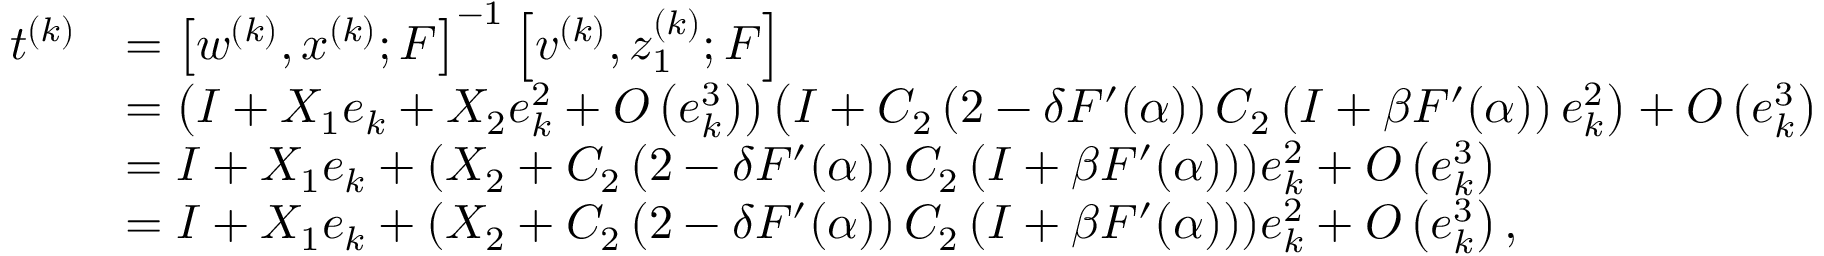
\begin{array} { r l } { t ^ { ( k ) } } & { = \left[ w ^ { ( k ) } , x ^ { ( k ) } ; F \right] ^ { - 1 } \left[ v ^ { ( k ) } , z _ { 1 } ^ { ( k ) } ; F \right] } \\ & { = \left( I + X _ { 1 } e _ { k } + X _ { 2 } e _ { k } ^ { 2 } + O \left( e _ { k } ^ { 3 } \right) \right) \left( I + C _ { 2 } \left( 2 - \delta F ^ { \prime } ( \alpha ) \right) C _ { 2 } \left( I + \beta F ^ { \prime } ( \alpha ) \right) e _ { k } ^ { 2 } \right) + O \left( e _ { k } ^ { 3 } \right) } \\ & { = I + X _ { 1 } e _ { k } + ( X _ { 2 } + C _ { 2 } \left( 2 - \delta F ^ { \prime } ( \alpha ) \right) C _ { 2 } \left( I + \beta F ^ { \prime } ( \alpha ) \right) ) e _ { k } ^ { 2 } + O \left( e _ { k } ^ { 3 } \right) } \\ & { = I + X _ { 1 } e _ { k } + ( X _ { 2 } + C _ { 2 } \left( 2 - \delta F ^ { \prime } ( \alpha ) \right) C _ { 2 } \left( I + \beta F ^ { \prime } ( \alpha ) \right) ) e _ { k } ^ { 2 } + O \left( e _ { k } ^ { 3 } \right) , } \end{array}